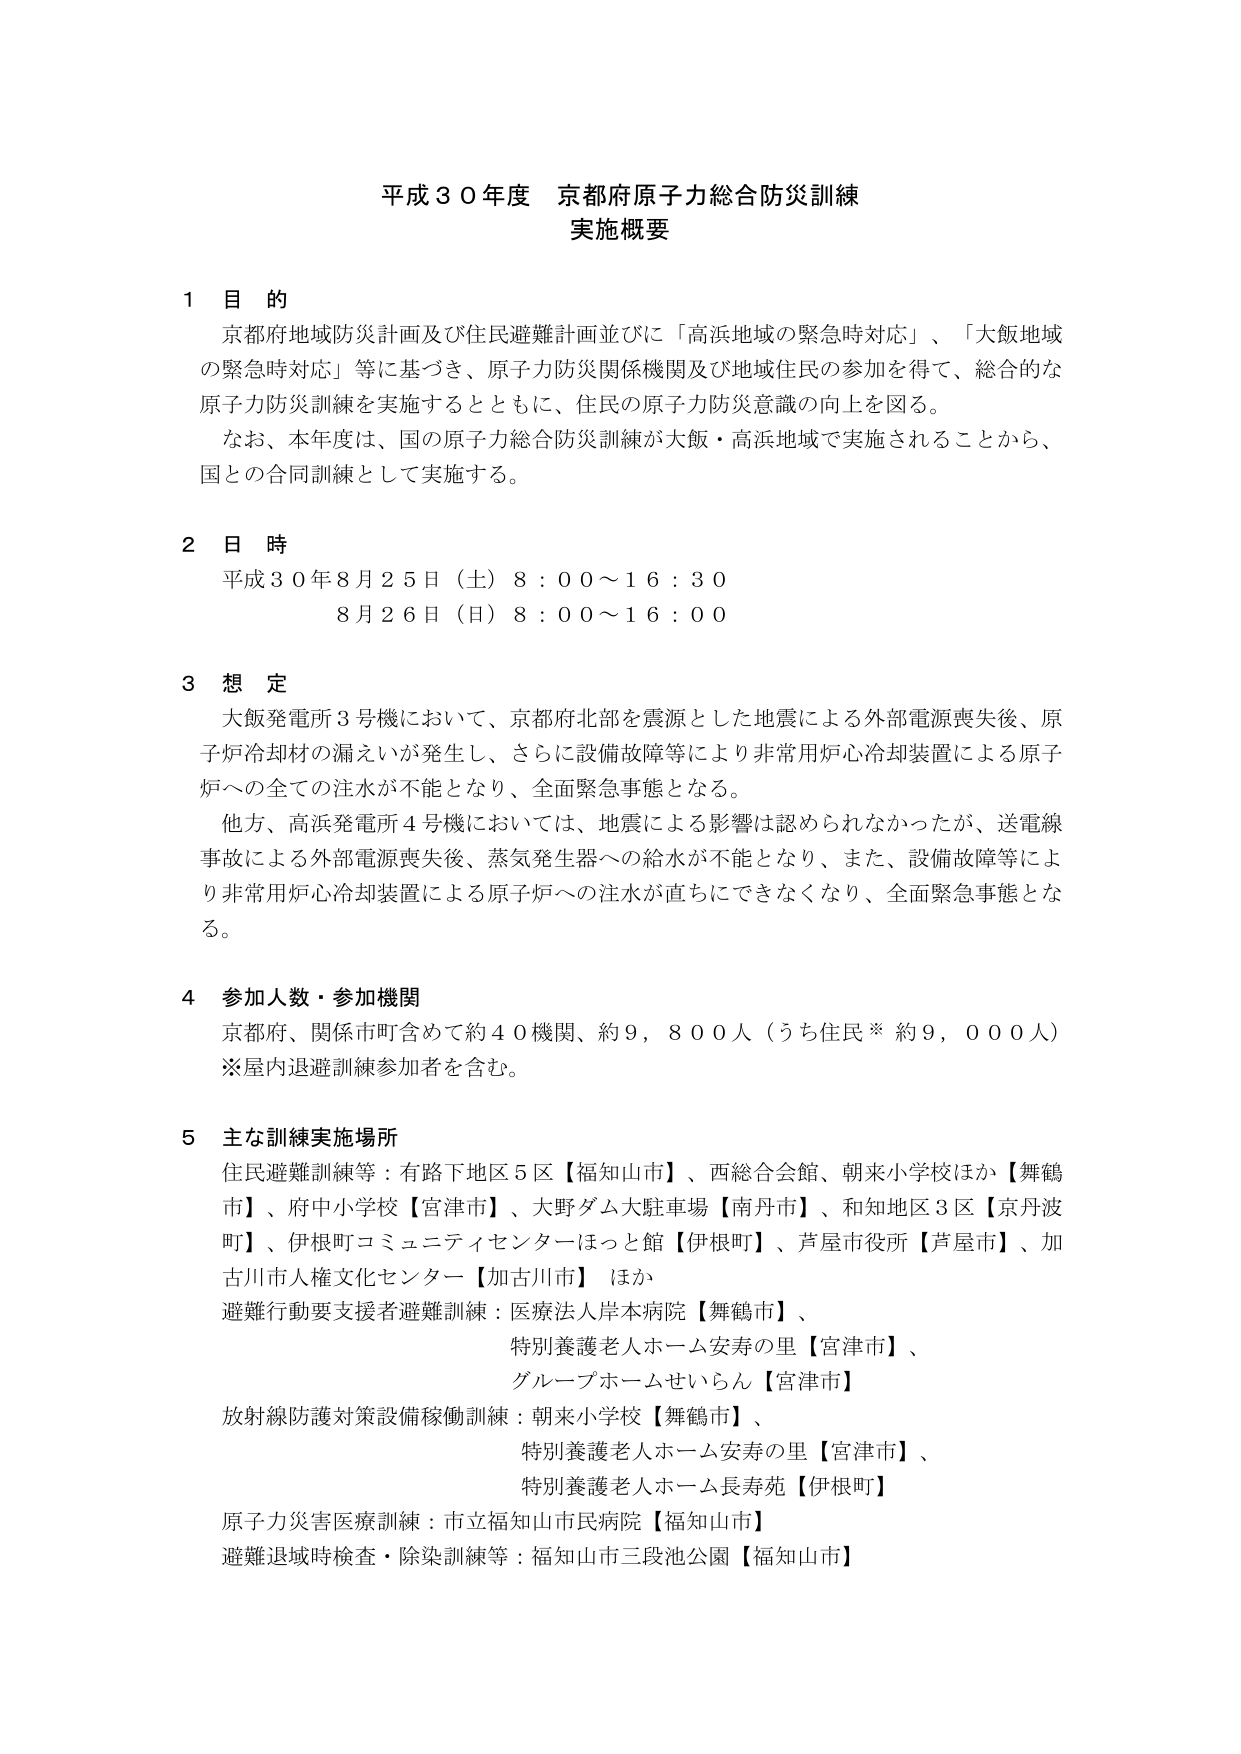
平成３０年度 京都府原子力総合防災訓練
実施概要

１ 目 的
京都府地域防災計画及び住民避難計画並びに「高浜地域の緊急時対応」、「大飯地域の緊急時対応」等に基づき、原子力防災関係機関及び地域住民の参加を得て、総合的な原子力防災訓練を実施するとともに、住民の原子力防災意識の向上を図る。
なお、本年度は、国の原子力総合防災訓練が大飯・高浜地域で実施されることから、国との合同訓練として実施する。

２ 日 時
平成３０年８月２５日（土）８：００～１６：３０
８月２６日（日）８：００～１６：００

３ 想 定
大飯発電所３号機において、京都府北部を震源とした地震による外部電源喪失後、原子炉冷却材の漏えいが発生し、さらに設備故障等により非常用炉心冷却装置による原子炉への全ての注水が不能となり、全面緊急事態となる。
他方、高浜発電所４号機においては、地震による影響は認められなかったが、送電線事故による外部電源喪失後、蒸気発生器への給水が不能となり、また、設備故障等により非常用炉心冷却装置による原子炉への注水が直ちにできなくなり、全面緊急事態となる。

４ 参加人数・参加機関
京都府、関係市町含めて約４０機関、約９，８００人（うち住民※ 約９，０００人）
※屋内退避訓練参加者を含む。

５ 主な訓練実施場所
住民避難訓練等：有路下地区５区【福知山市】、西総合会館、朝来小学校ほか【舞鶴市】、府中小学校【宮津市】、大野ダム大駐車場【南丹市】、和知地区３区【京丹波町】、伊根町コミュニティセンターほっと館【伊根町】、芦屋市役所【芦屋市】、加古川市人権文化センター【加古川市】 ほか
避難行動要支援者避難訓練：医療法人岸本病院【舞鶴市】、
　　　　　　　　　　　　　特別養護老人ホーム安寿の里【宮津市】、
　　　　　　　　　　　　　グループホームせいらん【宮津市】
放射線防護対策設備稼働訓練：朝来小学校【舞鶴市】、
　　　　　　　　　　　　　特別養護老人ホーム安寿の里【宮津市】、
　　　　　　　　　　　　　特別養護老人ホーム長寿苑【伊根町】
原子力災害医療訓練：市立福知山市民病院【福知山市】
避難退域時検査・除染訓練等：福知山市三段池公園【福知山市】